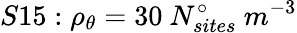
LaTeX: S15:\rho_{\theta}=30\ N_{sites}^{\circ}\ m^{-3}